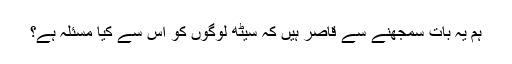
ہم یہ بات سمجھنے سے قاصر ہیں کہ سیٹھ لوگوں کو اس سے کیا مسئلہ ہے؟